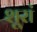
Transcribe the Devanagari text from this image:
शूरां